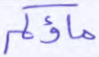
ماؤكم